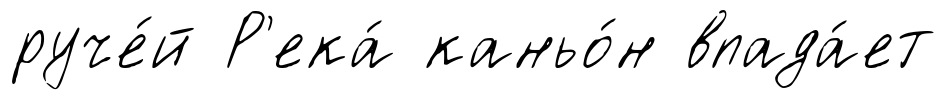
руче́й Р'ека́ каньо́н впада́ет